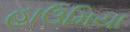
હાઉમિયા